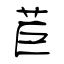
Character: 苣